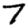
Digit: 7